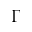
\Gamma